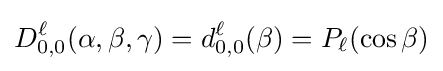
D_{0,0}^{\ell }(\alpha ,\beta ,\gamma )=d_{0,0}^{\ell }(\beta )=P_{\ell }(\cos \beta )